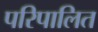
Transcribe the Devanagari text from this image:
परिपालित